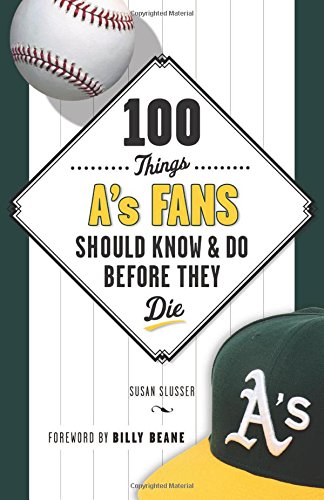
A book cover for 100 Things A's Fans Should Know & Do Before They Die (100 Things...Fans Should Know); Susan Slusser; Sports & Outdoors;